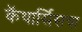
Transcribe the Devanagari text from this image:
कॅथार्सिसचा